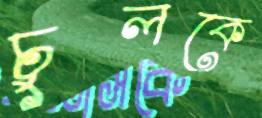
চুলকে